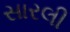
સારલી